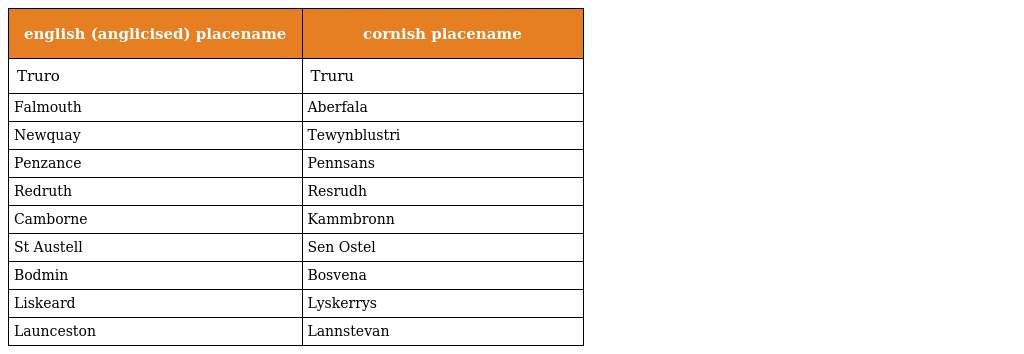
| english (anglicised) placename | cornish placename |
 | --- | --- |
 | Truro | Truru |
 | Falmouth | Aberfala |
 | Newquay | Tewynblustri |
 | Penzance | Pennsans |
 | Redruth | Resrudh |
 | Camborne | Kammbronn |
 | St Austell | Sen Ostel |
 | Bodmin | Bosvena |
 | Liskeard | Lyskerrys |
 | Launceston | Lannstevan |